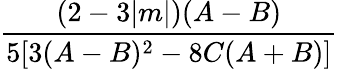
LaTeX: \frac{(2-3|m|)(A-B)}{5[3(A-B)^{2}-8C(A+B)]}